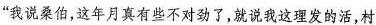
”我说桑伯，这年月真有些不对劲了，就说我这理发的活，村